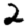
Digit: 2